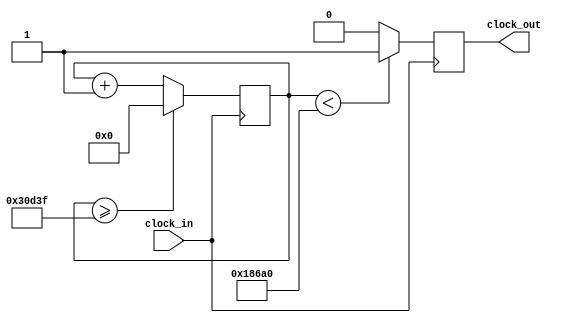
`timescale 1ns / 1ps

module clock_divider(clock_in, clock_out);

    input       clock_in;
    output reg  clock_out;
    
    
    
    
    reg [27:0]  counter = 28'd0;
    parameter divisor = 28'd200000;
        

    
always@(posedge clock_in)
begin
    counter <= counter + 28'd1;
    if(counter >= (divisor -1))
        counter <= 28'd0;
    clock_out <= (counter<divisor/2)? 1'b1:
                  1'b0;
end
endmodule